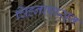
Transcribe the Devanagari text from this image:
चिह्नापासून